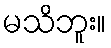
မသိဘူး။